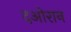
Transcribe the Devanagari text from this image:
दओरान